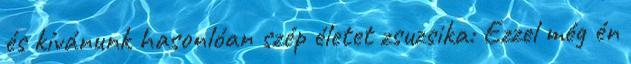
és kívánunk hasonlóan szép életet zsuzsika: Ezzel még én